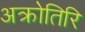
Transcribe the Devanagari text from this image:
अक्रोतिरि